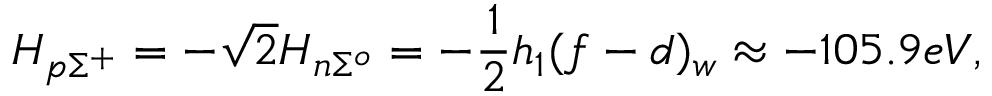
H _ { p \Sigma ^ { + } } = - \sqrt { 2 } H _ { n \Sigma ^ { o } } = - \frac { 1 } { 2 } h _ { 1 } ( f - d ) _ { w } \approx - 1 0 5 . 9 e V ,